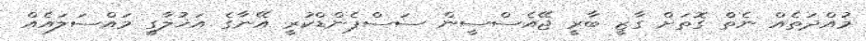
މުއްދަތެއް ނެތް ގޮތަށް ގާޒީ ބާރީ ޖޭއެސްސީން ސަސްޕެންޑްކުރީ އޭނާގެ އަޚުލާގީ މައްސަލައެއް